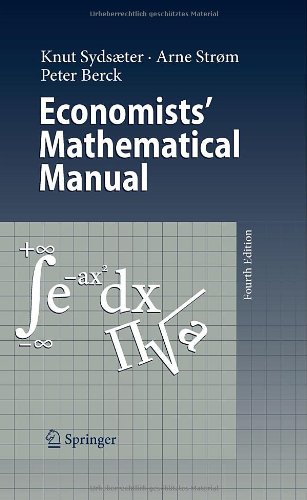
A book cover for Economists' Mathematical Manual; Knut Sydsaeter; Science & Math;